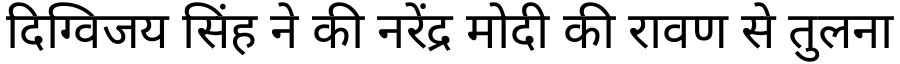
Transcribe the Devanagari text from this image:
दिग्विजय सिंह ने की नरेंद्र मोदी की रावण से तुलना